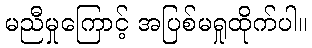
မညီမှုကြောင့် အပြစ်မရှုထိုက်ပါ။